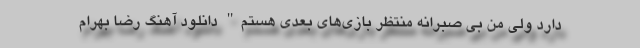
دارد ولی من بی صبرانه منتظر بازی‌های بعدی هستم" دانلود آهنگ رضا بهرام